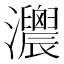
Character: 𤅛